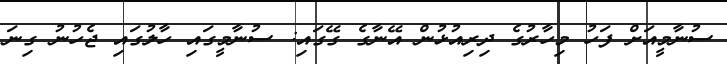
ސުނާމީއަށް ފަހު މިހާރުގެ ދިރިއުޅުން އޭނާގެ ގޭގައި: ސުނާމީގައި ހާލުގައި ޖެހުނު ގިނަ